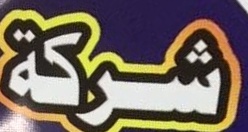
شركة